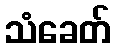
သံခေတ်